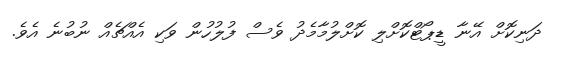
ދަނިކޮށް އޭނާ ޑީޕޯޓްކޮށްލި ކޮށްލުމާމެދު ވެސް ފުލުހުން ވަކި އެއްޗެއް ނުބުނެ އެވެ.